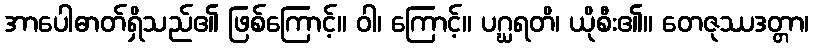
အာပေါဓာတ်ရှိသည်၏ ဖြစ်ကြောင့်။ ဝါ၊ ကြောင့်။ ပဂ္ဃရတိ၊ ယိုစီး၏။ တေဇုဿဒတ္တာ၊